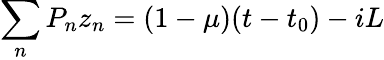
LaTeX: \sum_{n}P_{n}z_{n}=(1-\mu)(t-t_{0})-iL